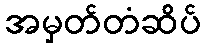
အမှတ်တံဆိပ်